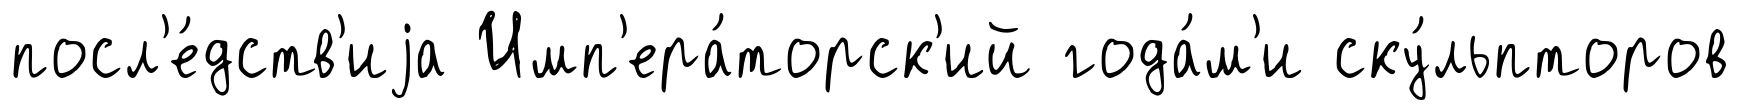
посл'е́дств'иjа Имп'ера́торск'ий года́м'и ску́льпторов